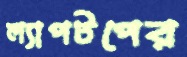
ল্যাপটপের